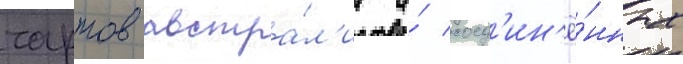
чартов австра́л'ии и́ соед'ин'ё́нных